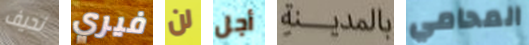
نحيف فيري لن أجل بالمدينة المحامي